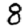
Digit: 8